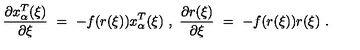
\frac { \partial x _ { \alpha } ^ { T } ( \xi ) } { \partial \xi } \ = \ - f ( r ( \xi ) ) x _ { \alpha } ^ { T } ( \xi ) \ , \ \frac { \partial r ( \xi ) } { \partial \xi } \ = \ - f ( r ( \xi ) ) r ( \xi ) \ .